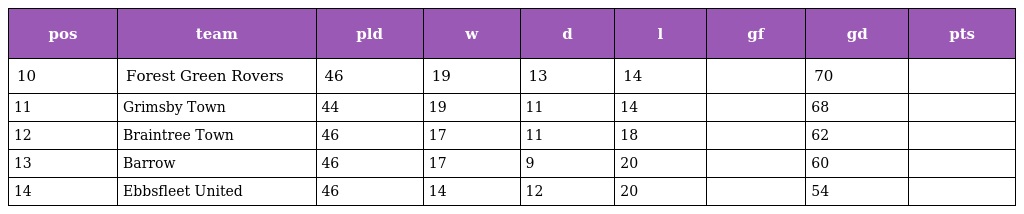
| pos | team | pld | w | d | l | gf | gd | pts |
 | --- | --- | --- | --- | --- | --- | --- | --- | --- |
 | 10 | Forest Green Rovers | 46 | 19 | 13 | 14 |  | 70 |  |
 | 11 | Grimsby Town | 44 | 19 | 11 | 14 |  | 68 |  |
 | 12 | Braintree Town | 46 | 17 | 11 | 18 |  | 62 |  |
 | 13 | Barrow | 46 | 17 | 9 | 20 |  | 60 |  |
 | 14 | Ebbsfleet United | 46 | 14 | 12 | 20 |  | 54 |  |